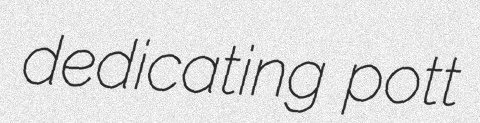
dedicating pott